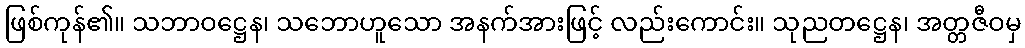
ဖြစ်ကုန်၏။ သဘာဝဋ္ဌေန၊ သဘောဟူသော အနက်အားဖြင့် လည်းကောင်း။ သုညတဋ္ဌေန၊ အတ္တဇီဝမှ